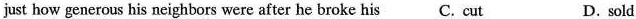
just how generous his neighbors were after he broke his C. cut D. sold